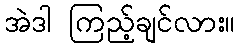
အဲဒါ ကြည့်ချင်လား။